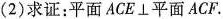
(2)求证：平面ACE\bot 平面ACF.